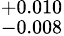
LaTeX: ^{+0.010}_{-0.008}